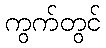
ကွက်တွင်